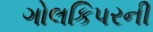
ગોલકિપરની